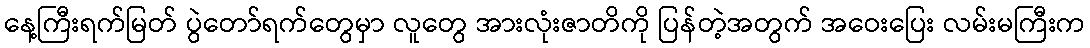
နေ့ကြီးရက်မြတ် ပွဲတော်ရက်တွေမှာ လူတွေ အားလုံးဇာတိကို ပြန်တဲ့အတွက် အဝေးပြေး လမ်းမကြီးက